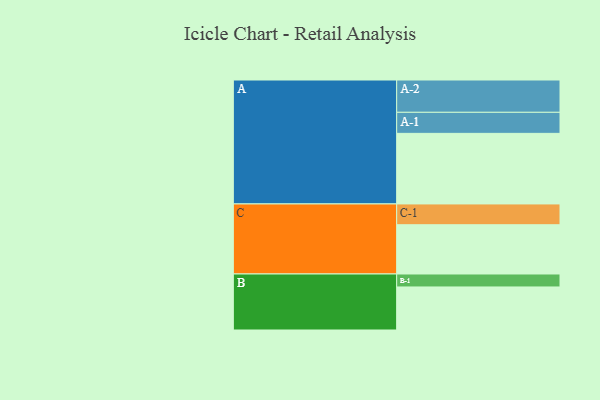
{"axis": {"x": "Segment", "y": "Value"}, "legend": ["", "A", "B", "C"], "data": [{"x": "A", "y": 533, "type": ""}, {"x": "B", "y": 325, "type": ""}, {"x": "C", "y": 372, "type": ""}, {"x": "A-1", "y": 159, "type": "A"}, {"x": "A-2", "y": 244, "type": "A"}, {"x": "B-1", "y": 98, "type": "B"}, {"x": "C-1", "y": 157, "type": "C"}]}